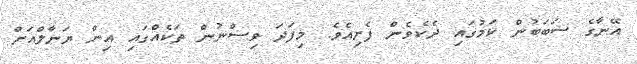
އޭނާގެ ސަބަބުން ކަމުގައި ދެކެވެން ފެށިއެވެ. މިފަދަ ވިސްނުން ތަކެއްގައި އިން ޔަނާލްއަށް